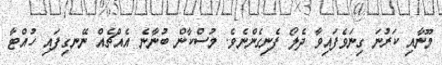
މޫނާއި ކަރުނަ ގިނަވެފައިވާ ދެލޯ ފެނިގެންނެވެ. މުސްކާން ބުނާނެ އެއްޗެއް ނޭނގިފައި ހުއްޓާ